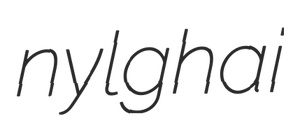
nylghai